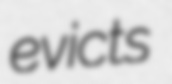
evicts